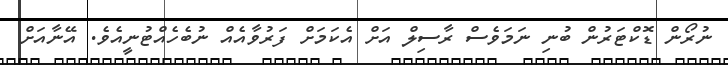
ނުރޯން ޑޮކްޓަރުން ބުނި ނަމަވެސް ރާސިލް އަށް އެކަމަށް ފަރުވާއެއް ނުބެހެއްޓުނީއެވެ. އޭނާއަށް